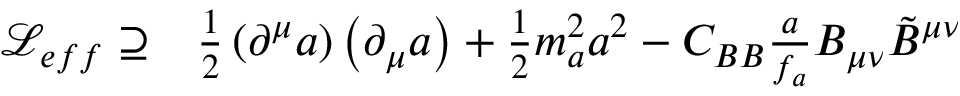
\begin{array} { r l } { \mathcal { L } _ { e f f } \supseteq } & { { } \frac { 1 } { 2 } \left( \partial ^ { \mu } a \right) \left( \partial _ { \mu } a \right) + \frac { 1 } { 2 } m _ { a } ^ { 2 } a ^ { 2 } - C _ { B B } \frac { a } { f _ { a } } B _ { \mu \nu } \tilde { B } ^ { \mu \nu } } \end{array}